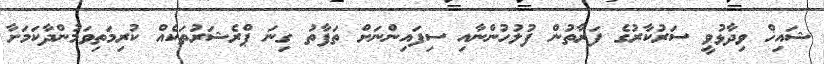
ޝައިޚް ވިދާޅުވީ ސަރުކާރުގެ ފަރާތުން ފުލުހުންނާއި ސިފައިންނަށް ތަފާތު ގިނަ ޕްރެޝަރުތަކެއް ކުރިމަތިވަމުންދާކަމަށާ